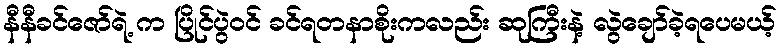
နီနီခင်ဇော်ရဲ့ က ပြိုင်ပွဲဝင် ခင်ရတနာစိုးကလည်း ဆုကြီးနဲ့ လွဲချော်ခဲ့ရပေမယ့်